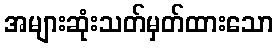
အများဆုံးသတ်မှတ်ထားသော